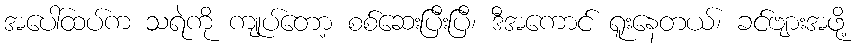
အပေါ်ထပ်က သရဲကို ကျုပ်တော့ စစ်ဆေးပြီးပြီ၊ ဒီအကောင် ရူးနေတယ်၊ ခင်ဗျားအဖို့